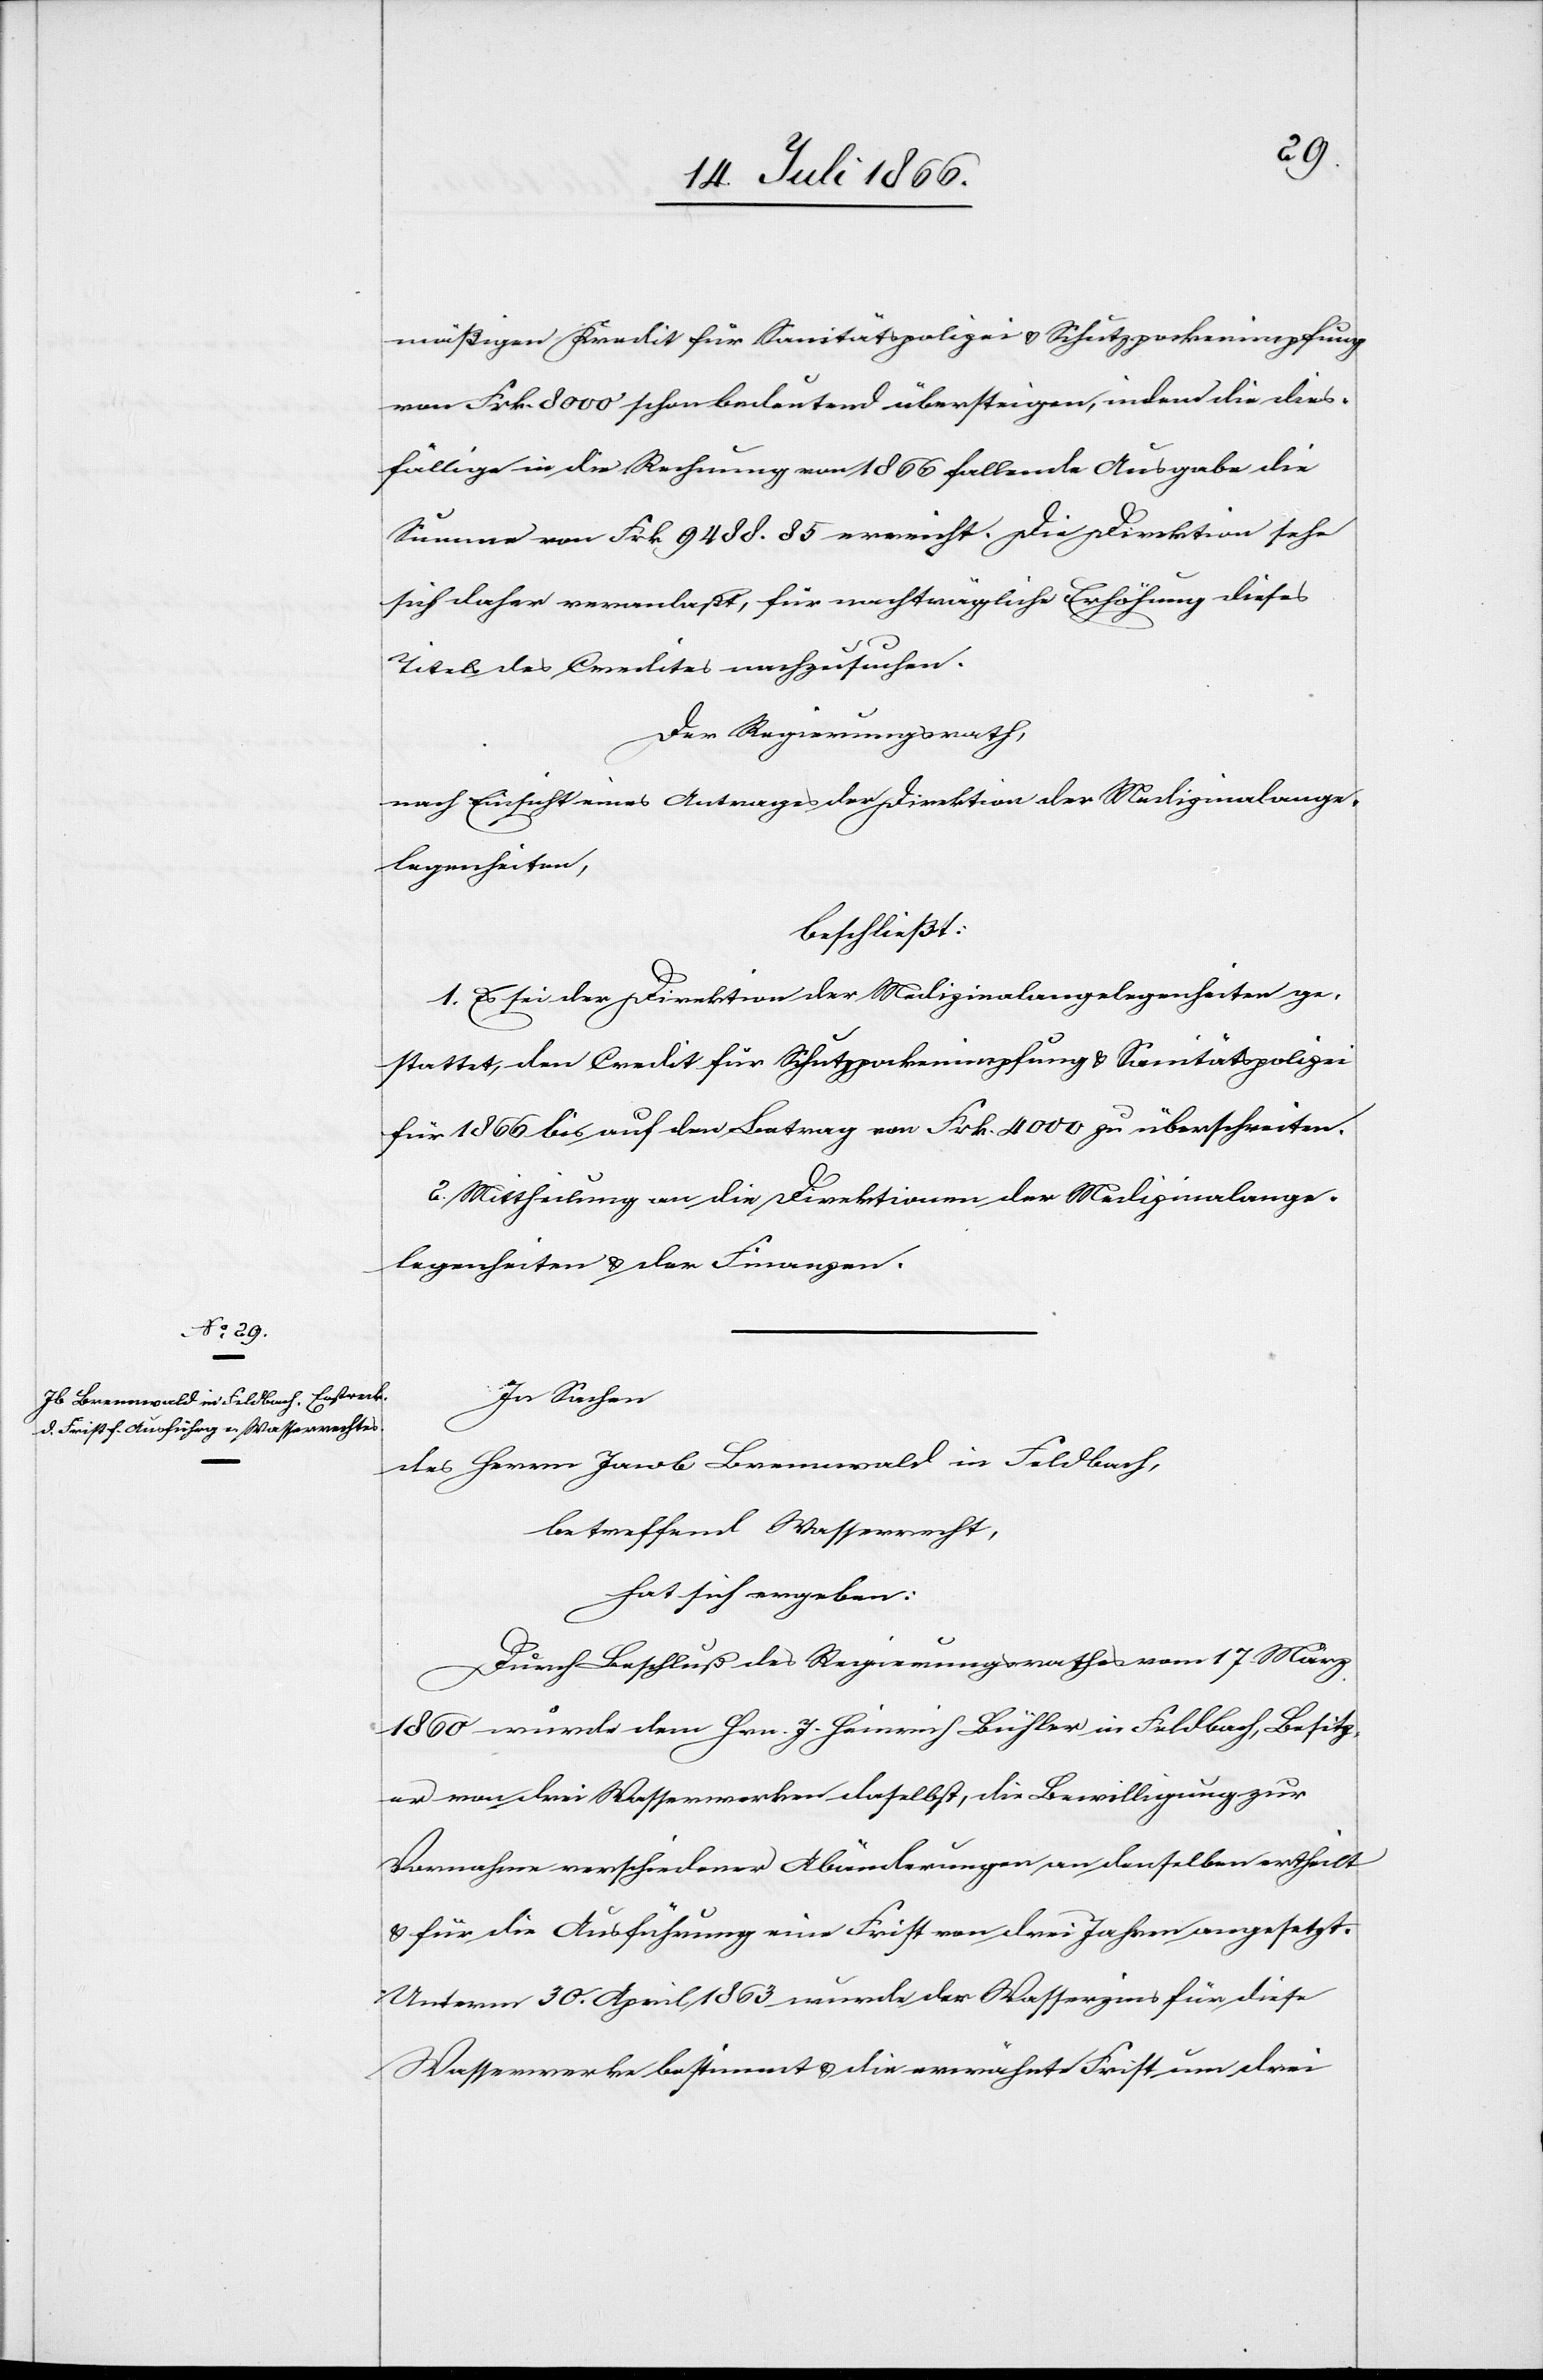
mäßigen Kredit für Sanitätspolizei u. Schutzpockenimpfung
von Frk. 8000 schon bedeutend übersteigen, indem die dies¬
fällige in die Rechnung von 1866 fallende Ausgabe die
Summe von Frk. 9488.85 erreicht. Die Direktion sehe
sich daher veranlaßt, für nachträgliche Erhöhung dieses
Titels des Credites nachzusuchen.
Der Regierungsrath,
nach Einsicht eines Antrages der Direktion der Medizinalange¬
legenheiten,
beschließt:
1. Es sei der Direktion der Medizinalangelegenheiten ge¬
stattet, den Credit für Schutzpockenimpfung u. Sanitätspolizei
für 1866 bis auf den Betrag von Frk. 4000 zu überschreiten.
2. Mittheilung an die Direktionen der Medizinalange¬
legenheiten u. der Finanzen.
In Sachen
des Herrn Jacob Brennwald in Feldbach,
betreffend Wasserrecht,
hat sich ergeben:
Durch Beschluß des Regierungsrathes vom 17. März
1860 wurde dem Hrn. J. Heinrich Büchler in Feldbach, Besitz¬
er von drei Wasserwerken daselbst, die Bewilligung zur
Vornahme verschiedener Abänderungen an denselben ertheilt
u. für die Ausführung eine Frist von drei Jahren angesetzt.
Unterm 30. April 1863 wurde der Wasserzins für diese
Wasserwerke bestimmt u. die erwähnte Frist um drei